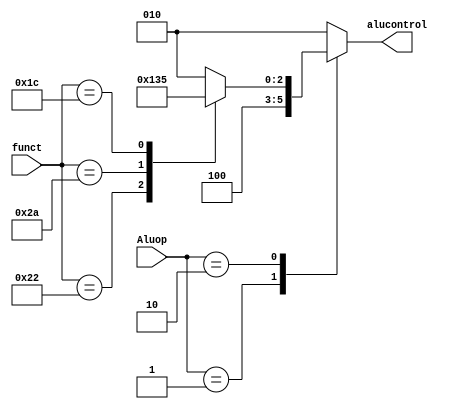
module ALU_Decoder #(parameter width =6)
(
input      [width-1:0] funct,
input      [1:0]       Aluop,
output reg [2:0]       alucontrol
);

always @(*)
begin 
  case(Aluop)
    2'b00:alucontrol=3'b010;
    2'b01:alucontrol=3'b100;
    2'b10:begin
      case(funct)
        6'b100000:alucontrol=3'b010;
        6'b100010:alucontrol=3'b100;
        6'b101010:alucontrol=3'b110;
        6'b011100:alucontrol=3'b101;
        default  :alucontrol=3'b010;
      endcase
          end
    default:alucontrol=3'b010;
  endcase
end

endmodule